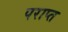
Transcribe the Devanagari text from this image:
पराप्त